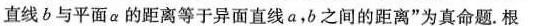
直线b与平面α的距离等于异面直线a，b之间的距离”为真命题。根